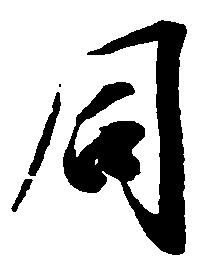
同